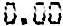
0.00